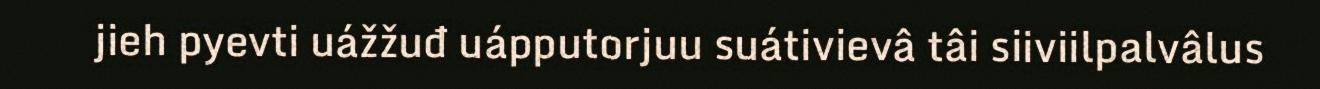
jieh pyevti uážžuđ uápputorjuu suátivievâ tâi siiviilpalvâlus